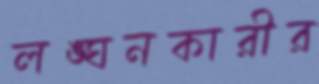
লঙ্ঘনকারীর